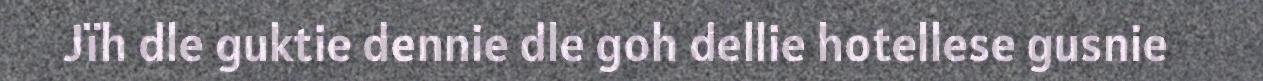
Jïh dle guktie dennie dle goh dellie hotellese gusnie